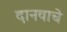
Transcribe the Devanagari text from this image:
दानवाचे